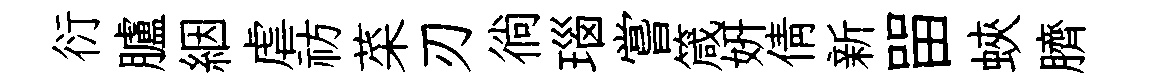
衍臚絪虐祊菜刃徜瑙嘗箴妍倩新㽞蛺臍